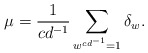
\begin{align*}\mu=\frac{1}{cd^{-1}}\sum_{w^{cd^{-1}}=1}\delta_w.\end{align*}